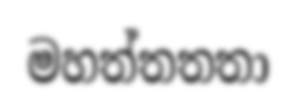
මහත්තතතා